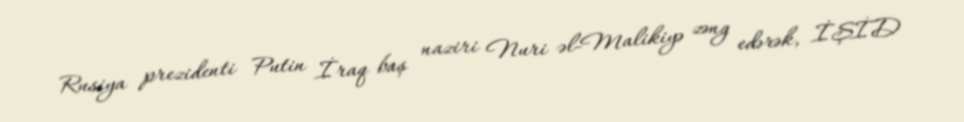
Rusiya prezidenti Putin İraq baş naziri Nuri əl-Malikiyə zəng edərək, İŞİD